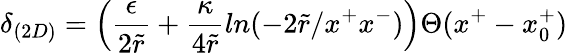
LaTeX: \delta_{(2D)}=\left(\frac{\epsilon}{2\tilde{r}}+\frac{\kappa}{4\tilde{r}}ln(-2\tilde{r}/x^{+}x^{-})\right)\Theta(x^{+}-x_{0}^{+})